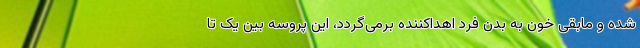
شده و مابقی خون به بدن فرد اهداکننده برمی‌گردد، این پروسه بین یک تا